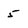
Character: 5